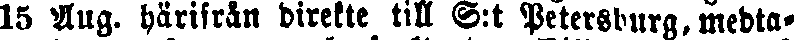
15 Aug. härifrån direkte till S:t Petersburg, medta-